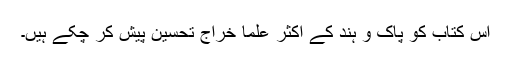
اس کتاب کو پاک و ہند کے اکثر علما خراج تحسین پیش کر چکے ہیں۔